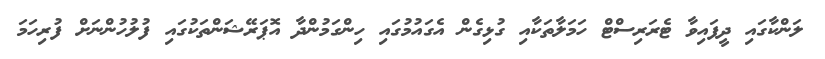
ލަންކާގައި ދީފައިވާ ޓެރަރިސްޓް ހަމަލާތަކާއި ގުޅިގެން އެގައުމުގައި ހިންގަމުންދާ އޮޕަރޭޝަންތަކުގައި ފުލުހުންނަށް ފުރިހަމަ